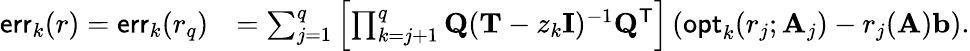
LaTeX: \begin{array}{rl}{\mathsf{err}_{k}(r)=\mathsf{err}_{k}(r_{q})}&{=\sum_{j=1}^{q}\left[\prod_{k=j+1}^{q}\mathbf{Q}(\mathbf{T}-z_{k}\mathbf{I})^{-1}\mathbf{Q}^{\mathsf{T}}\right]\left(\mathsf{opt}_{k}(r_{j};\mathbf{A}_{j})-r_{j}(\mathbf{A})\mathbf{b}\right).}\end{array}